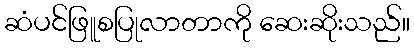
ဆံပင်ဖြူစပြုလာတာကို ဆေးဆိုးသည်။